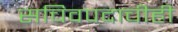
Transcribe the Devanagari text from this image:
सचिवपदाचीही